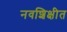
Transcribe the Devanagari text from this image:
नवशिक्षीत